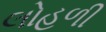
લોહળી